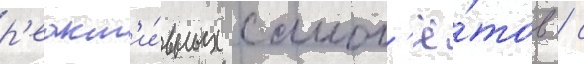
р'еакт'и́вных самол'ё́тов / с